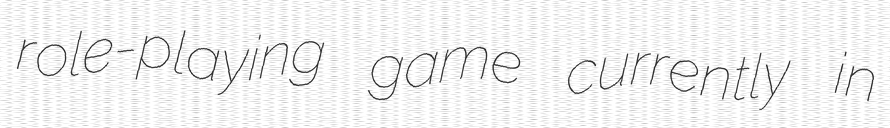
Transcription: role-playing game currently in